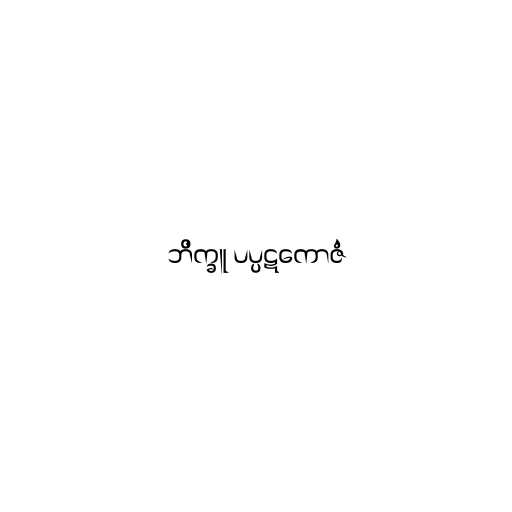
ဘိက္ခူ ပပ္ပဋကောဇံ